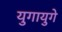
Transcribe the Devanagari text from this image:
युगायुगे